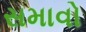
સમાવો